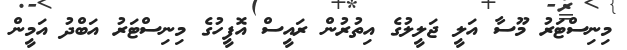
މިނިސްޓަރު މޫސާ އަލީ ޖަލީލުގެ އިތުރުން ރައީސް އޮފީހުގެ މިނިސްޓަރު އަބްދު އަމީން